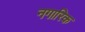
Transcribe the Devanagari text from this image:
नगारिक